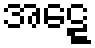
အဋ္ဋေ